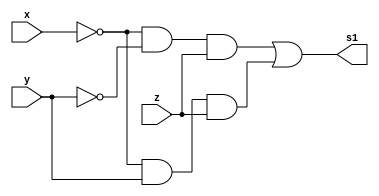
// ---------------------
// TRUTH TABLE
// Nome: marcos antonio lommez Candido Ribeiro
// 28/08/2022
// ---------------------
// ---------------------
// -- expression ( ~x & ~y & z ) | (~x & y & z);
// ---------------------

module fxyz (output s1, input x, input y, input z);
    assign s1 = ( ~x & ~y & z ) | (~x & y & z);
endmodule // fxyz

module PoS (output S, input X, Y, Z); // maxtermos
    assign S = (X  | Y  | Z ) & // M0
               (X  | ~Y | Z ) & // M2
               (~X | Y  | Z ) & // M4
               (~X | Y  | ~Z) & // M5
               (~X | ~Y | Z ) & // M6
               (~X | ~Y | ~Z) ; // M7
endmodule // PoS

// ---------------------
// -- test_module
// ---------------------
module test_module;
    reg x, y, z;
    wire s1, s2;

    // instancias
    fxyz FXYZ1 (s1, x, y, z);
    PoS POS1   (s2, x, y, z);
    
    // valores iniciais
    initial 
        begin: start
            x=1'bx; // indefinidos
            y=1'bx; // indefinidos
            z=1'bx; // indefinidos
        end

    // parte principal
    initial 
        begin: main
            // identificacao
            $display("Ex07 - Marcos Antonio Lommez - 771157");
            $display(" s1 = ( ~x & ~y & z ) | (~x & y & z) ");

            // monitoramento
            $display(" x | y | z ->   FXYZ  PoS");
            $monitor("%2b |%2b |%2b =    %2b    %2b", x, y, z, s1, s2);
            
            // sinalizacao
            #1 x=0; y=0; z=0;
            #1 x=0; y=0; z=1;
            #1 x=0; y=1; z=0;
            #1 x=0; y=1; z=1;
            #1 x=1; y=0; z=0;
            #1 x=1; y=0; z=1;
            #1 x=1; y=1; z=0;
            #1 x=1; y=1; z=1;
        end
endmodule // test_module